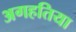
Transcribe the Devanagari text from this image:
अगहतिया